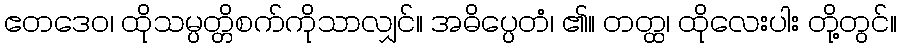
ဧတဒေဝ၊ ထိုသမ္ပတ္တိစက်ကိုသာလျှင်။ အဓိပ္ပေတံ၊ ၏။ တတ္ထ၊ ထိုလေးပါး တို့တွင်။